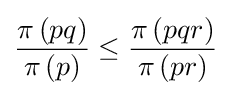
{\frac {\pi \left(pq\right)}{\pi \left(p\right)}}\leq {\frac {\pi \left(pqr\right)}{\pi \left(pr\right)}}